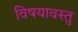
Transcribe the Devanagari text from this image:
विषयावस्तु